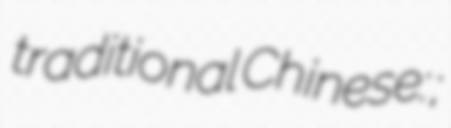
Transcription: traditional Chinese: 永寧;